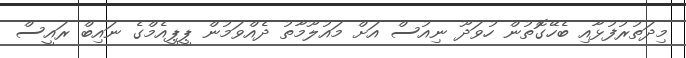
މިދަތުރުފުޅާއި ބެހޭގޮތުން ހުވަދޫ ނިއުސް އަށް މައުލޫމާތު ދެއްވަމުން ޕީޕީއެމްގެ ނައިބް ރައީސް